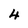
Character: 4